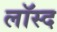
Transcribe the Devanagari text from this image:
लॉस्द